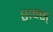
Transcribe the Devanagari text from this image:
शक्स्